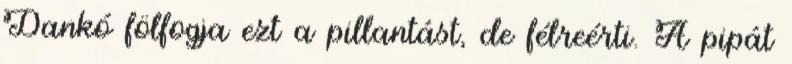
Dankó fölfogja ezt a pillantást, de félreérti. A pipát